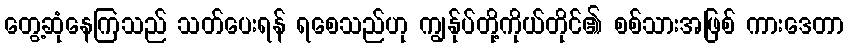
တွေ့ဆုံနေကြသည် သတ်ပေးရန် ရစေသည်ဟု ကျွန်ုပ်တို့ကိုယ်တိုင်၏ စစ်သားအဖြစ် ကားဒေတာ